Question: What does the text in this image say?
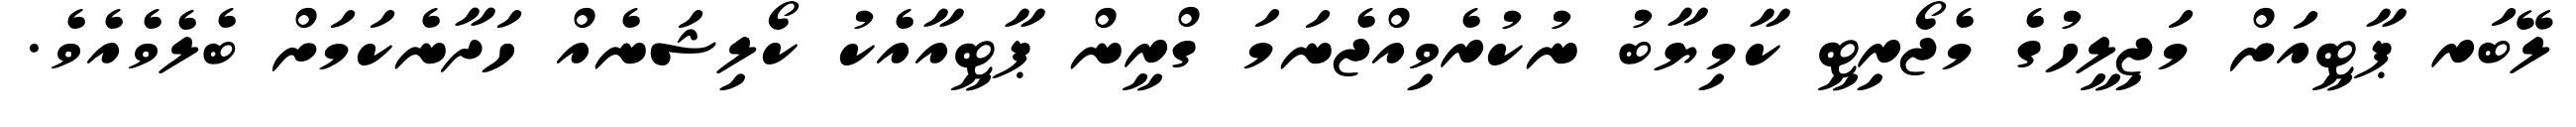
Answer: ލޭބަރ ޕާޓީއަށް މަޖިލީހުގެ މެޖޯރިޓީ ކާމިޔާބު ނުކުރެވިއްޖެނަމަ ގްރީން ޕާޓީއާއެކު ކޯލިޝަނެއް ހަދާނެކަމަށް ބެލެވެއެވެ.